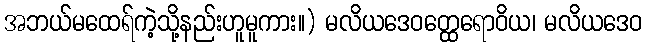
အဘယ်မထေရ်ကဲ့သို့နည်းဟူမူကား။) မလိယဒေဝတ္ထေရောဝိယ၊ မလိယဒေဝ